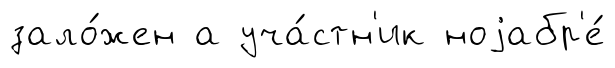
зало́жен а уча́стн'ик ноjабр'е́